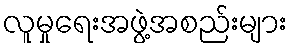
လူမှုရေးအဖွဲ့အစည်းများ